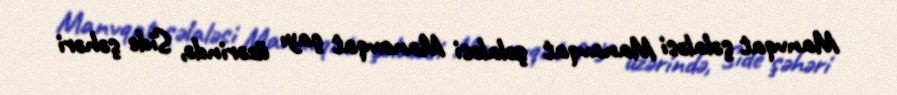
Manvqat şəlaləsi Manavqat şəlaləsi Manavqat çayı üzərində, Side şəhəri